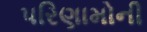
પરિણામોની